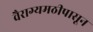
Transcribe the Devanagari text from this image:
वैराग्यमठीपासून